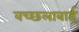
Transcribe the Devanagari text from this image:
वच्छलाबाई